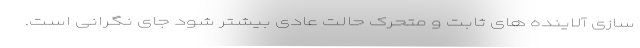
سازی آلاینده های ثابت و متحرک حالت عادی بیشتر شود جای نگرانی است.